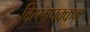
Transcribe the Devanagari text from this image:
विल्लापक्कम